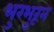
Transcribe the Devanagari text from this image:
भुरभुरून